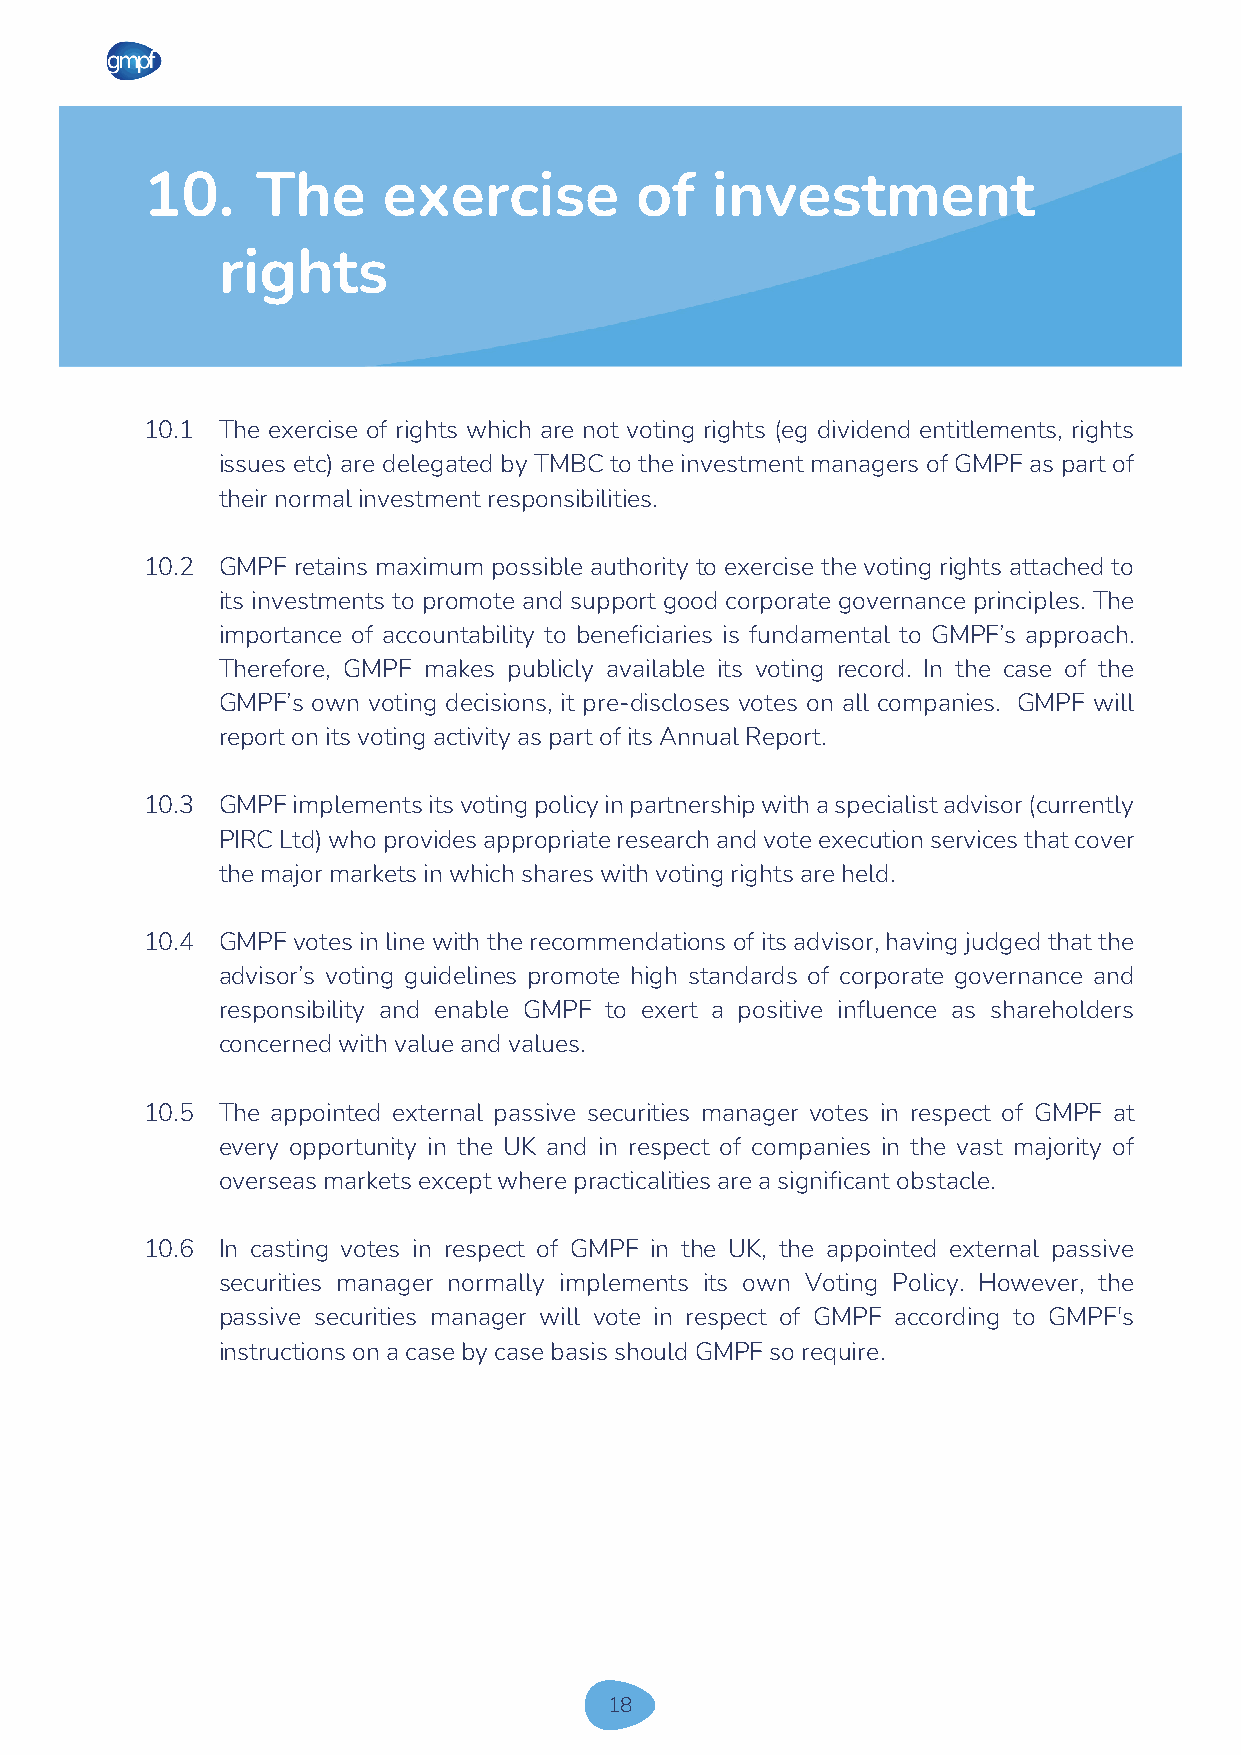
10.    The     exercise         of   investment
 rights
 10.1 The exercise of rights which are not voting rights (eg dividend entitlements, rights
 issues etc) are delegated by TMBC to the investment managers of GMPF as part of
 their normal investment responsibilities.
 10.2 GMPF retains maximum possible authority to exercise the voting rights attached to
 its investments to promote and support good corporate governance principles. The
 importance of accountability to beneficiaries is fundamental to GMPF’s approach.
 Therefore, GMPF makes publicly available its voting record. In the case of the
 GMPF’s own voting decisions, it pre-discloses votes on all companies. GMPF will
 report on its voting activity as part of its Annual Report.
 10.3 GMPF implements its voting policy in partnership with a specialist advisor (currently
 PIRC Ltd) who provides appropriate research and vote execution services that cover
 the major markets in which shares with voting rights are held.
 10.4 GMPF votes in line with the recommendations of its advisor, having judged that the
 advisor’s voting guidelines promote high standards of corporate governance and
 responsibility and enable GMPF to exert a positive influence as shareholders
 concerned with value and values.
 10.5 The appointed external passive securities manager votes in respect of GMPF at
 every opportunity in the UK and in respect of companies in the vast majority of
 overseas markets except where practicalities are a significant obstacle.
 10.6 In casting votes in respect of GMPF in the UK, the appointed external passive
 securities manager normally implements its own Voting Policy. However, the
 passive securities manager will vote in respect of GMPF according to GMPF's
 instructions on a case by case basis should GMPF so require.
 18